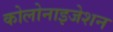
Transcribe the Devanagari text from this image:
कोलोनाइजेशन